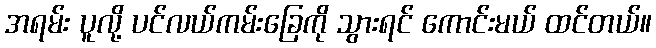
အရမ်း ပူလို့ ပင်လယ်ကမ်းခြေကို သွားရင် ကောင်းမယ် ထင်တယ်။